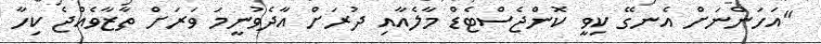
"އަހަންނަށް އެނގޭ ކިވީ ކޮންޖެސްޓެޑް މާލެއާއި ދުރަށް އާދެވުނީމަ ވަރަށް ތާޒާވެއްޖެ ކިހާ